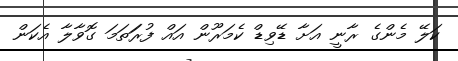
ކަލޭ މެންގެ ރާނީ އަށާ ޑޭވިޑް ކެމަރޫން އައް ފުރަަތަމަ ގޮވާލާ އެކަން